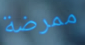
ممرضة